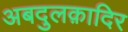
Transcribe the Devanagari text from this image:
अबदुलक़ादिर